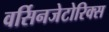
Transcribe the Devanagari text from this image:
वर्सिनजेटोरिक्स